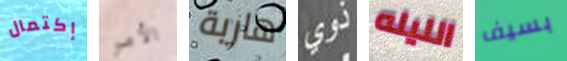
إكتمال الأمر هاربة ذوي الليله بسيف